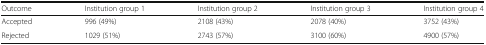
| Outcome | Institution group 1 | Institution group 2 | Institution group 3 | Institution group 4 |
 | --- | --- | --- | --- | --- |
 | Accepted | 996 (49%) | 2108 (43%) | 2078 (40%) | 3752 (43%) |
 | Rejected | 1029 (51%) | 2743 (57%) | 3100 (60%) | 4900 (57%) |